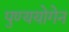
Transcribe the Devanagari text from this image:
पुण्ययोगेन